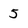
Character: 5